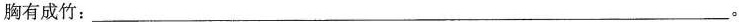
胸有成竹：___。